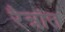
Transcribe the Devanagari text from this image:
रैत्रांत